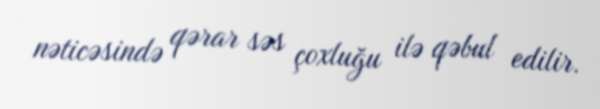
nəticəsində qərar səs çoxluğu ilə qəbul edilir.